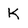
Character: K